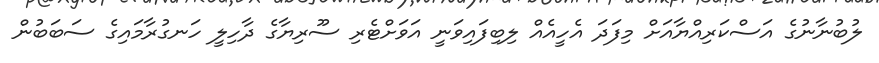
ލުބުނާނުގެ އަސްކަރިއްޔާއަށް މިފަދަ އެހީއެއް ލިބިފައިވަނީ އަވަށްޓެރި ސޫރިޔާގެ ދާހިލީ ހަނގުރާމައިގެ ސަބަބުން